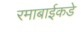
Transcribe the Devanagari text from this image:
रमाबाईकडे